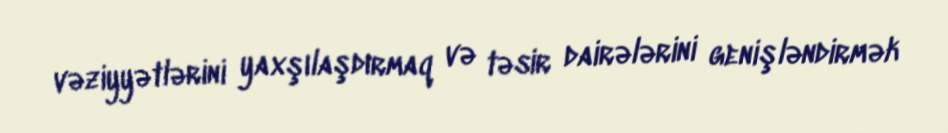
vəziyyətlərini yaxşılaşdırmaq və təsir dairələrini genişləndirmək